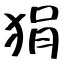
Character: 狷